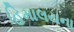
હિમાલયના